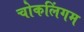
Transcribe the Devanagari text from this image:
चोकलिंगम